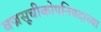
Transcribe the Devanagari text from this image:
वज्रसूचीकोपनिषदाच्या